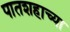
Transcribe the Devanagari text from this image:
पातशहाच्या